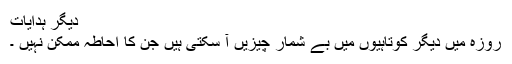
 دیگر ہدایات
روزہ میں دیگر کوتاہیوں میں بے شمار چیزیں آ سکتی ہیں جن کا احاطہ ممکن نہیں ۔